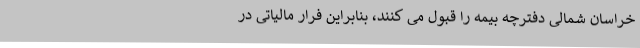
خراسان شمالی دفترچه بیمه را قبول می کنند، بنابراین فرار مالیاتی در